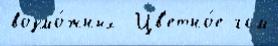
возмо́жных  Цв'етно́е гсм